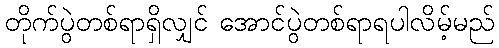
တိုက်ပွဲတစ်ရာရှိလျှင် အောင်ပွဲတစ်ရာရပါလိမ့်မည်